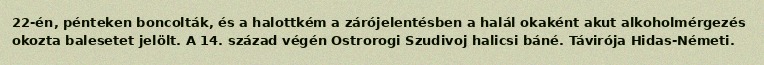
22-én, pénteken boncolták, és a halottkém a zárójelentésben a halál okaként akut alkoholmérgezés okozta balesetet jelölt. A 14. század végén Ostrorogi Szudivoj halicsi báné. Távirója Hidas-Németi.